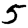
Digit: 5